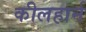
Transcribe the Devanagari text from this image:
कीलहार्न